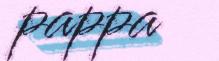
pappa